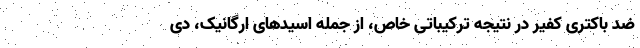
ضد باکتری کفیر در نتیجه ترکیباتی خاص، از جمله اسیدهای ارگانیک، دی